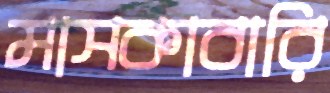
মাসকাবারি